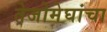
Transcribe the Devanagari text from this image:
तेजोमेघांचा